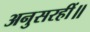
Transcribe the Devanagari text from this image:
अनुसरहीं॥